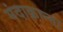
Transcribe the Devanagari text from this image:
मंदाक्रान्ता